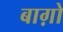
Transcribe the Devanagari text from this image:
बाग़ो